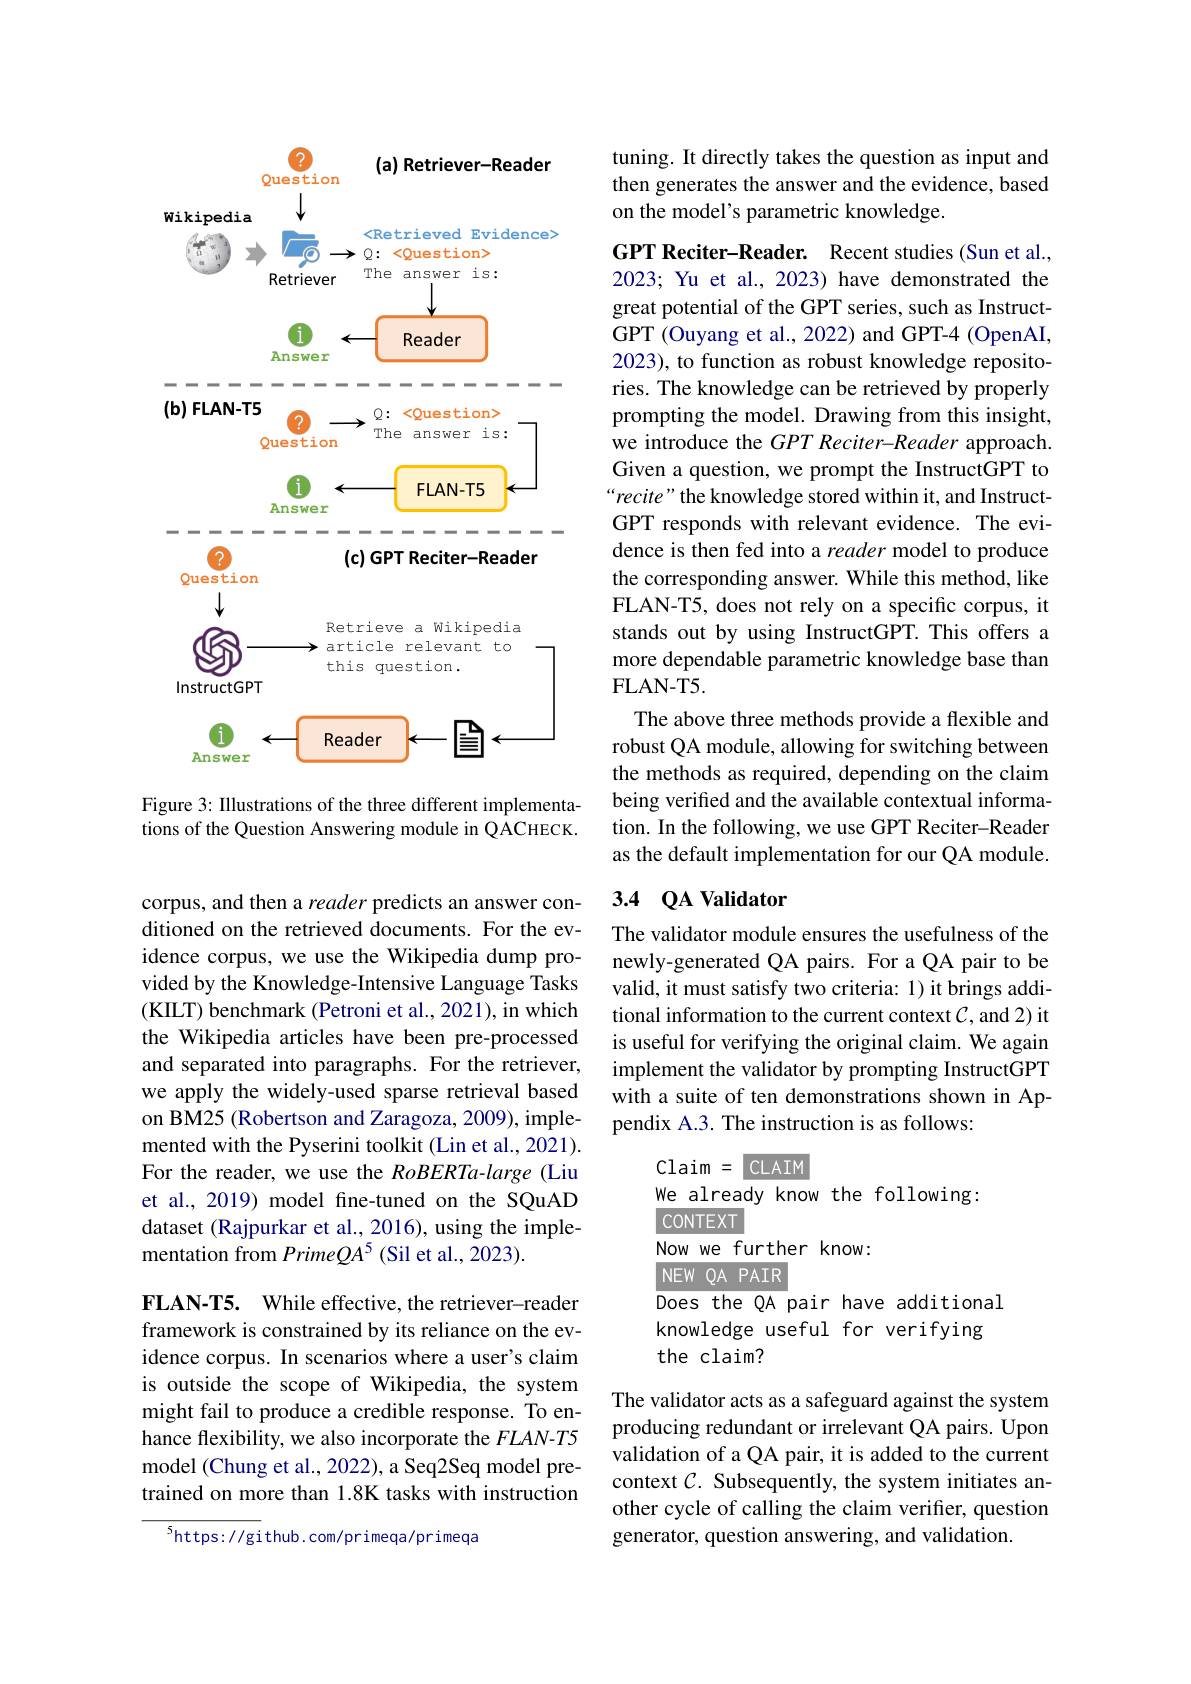
<FigureHere>
Figure 3: IIlustrations of the three different implementa-

tions of the Question Answering module in QACHECK.

corpus, and then a reader predicts an answer conditioned on the retrieved documents. For the evidence corpus, we use the Wikipedia dump provided by the Knowledge-Intensive Language Tasks (KILT) benchmark (Petroni et al., 2021), in which the Wikipedia articles have been pre-processed and separated into paragraphs. For the retriever, we apply the widely-used sparse retrieval based on BM25 (Robertson and Zaragoza, 2009), implemented with the Pyserini toolkit (Lin et al., 2021). For the reader, we use the RoBERTa-large (Liu et al., 2019) model fine-tuned on the SQuAD dataset (Rajpurkar et al., 2016), using the implementation from Prime$QA^5$ (Sil et al., 2023).

FLAN-T5. While effective, the retriever-reader framework is constrained by its reliance on the evidence corpus. In scenarios where a user's claim is outside the scope of Wikipedia, the system might fail to produce a credible response. To enhance flexibility, we also incorporate the $FLAN-T5$ model (Chung et al., 2022), a Seq2Seq model pretrained on more than 1.8K tasks with instruction

$^{5}$https://github.com/primeqa/primeqa

tuning. It directly takes the question as input and then generates the answer and the evidence, based on the model's parametric knowledge.

GPT Reciter-Reader. Recent studies (Sun et al., 2023; Yu et al., 2023) have demonstrated the great potential of the GPT series, such as InstructGPT (Ouyang et al., 2022) and GPT-4 (OpenAI, 2023), to function as robust knowledge repositories. The knowledge can be retrieved by properly prompting the model. Drawing from this insight, we introduce the $GPT\textit{Reciter- Reader approach. }$ Given a question, we prompt the InstructGPT to “recite” the knowledge stored within it, and InstructGPT responds with relevant evidence. The evidence is then fed into a reader model to produce the corresponding answer. While this method, like FLAN-T5, does not rely on a specific corpus, it stands out by using InstructGPT. This offers a more dependable parametric knowledge base than FLAN- T5.
The above three methods provide a flexible and robust QA module, allowing for switching between the methods as required, depending on the claim being verified and the available contextual information. In the following, we use GPT Reciter-Reader as the default implementation for our QA module.

## 3.4 $\mathbf{Q}$A Validator

The validator module ensures the usefulness of the newly-generated QA pairs. For a QA pair to be valid, it must satisfy two criteria: 1) it brings additional information to the current context $C$, and 2) it is useful for verifying the original claim. We again implement the validator by prompting InstructGPT with a suite of ten demonstrations shown in Appendix A.3. The instruction is as follows:

Claim $={\mathrm{CLAIM}}$
We already know the following:
coNTEXT
Now we further know:
NEW QA PAIR
Does the QA pair have additional knowledge useful for verifying the claim?

The validator acts as a safeguard against the system producing redundant or irrelevant QA pairs. Upon validation of a QA pair, it is added to the current context $C.$ Subsequently, the system initiates another cycle of calling the claim verifier, question generator, question answering, and validation.